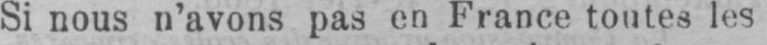
Si nous n’avons pas en France toutes les